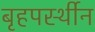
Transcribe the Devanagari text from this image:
बृहपर्स्थीन